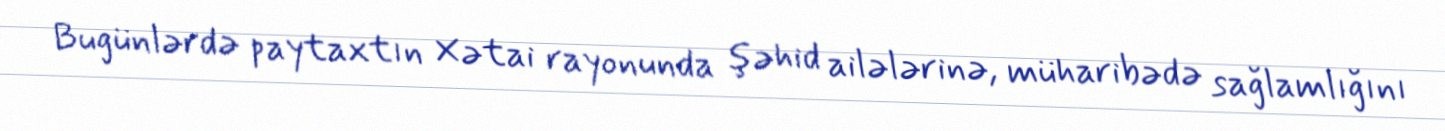
Bugünlərdə paytaxtın Xətai rayonunda şəhid ailələrinə, müharibədə sağlamlığını